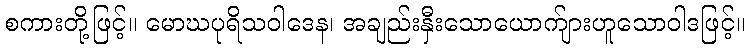
စကားတို့ဖြင့်။ မောဃပုရိသဝါဒေန၊ အချည်းနှီးသောယောက်ျားဟူသောဝါဒဖြင့်။